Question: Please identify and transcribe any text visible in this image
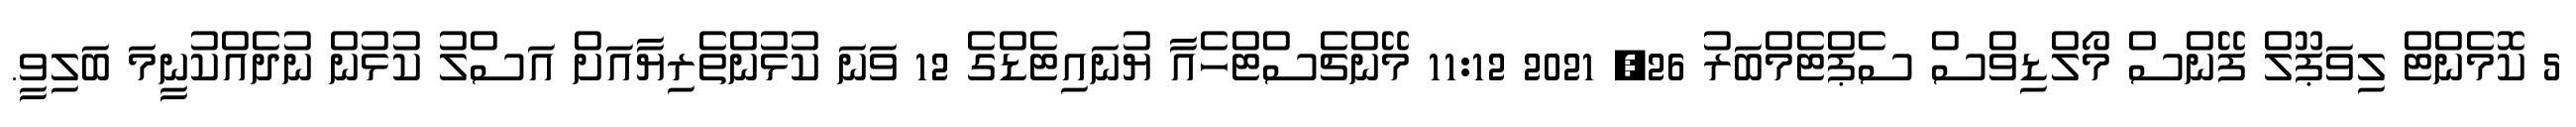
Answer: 5 ކޮމެންޓް ލިވަޕޫލް ފޭންސް މޯލްޑިވްސް ސެޕްޓެމްބަރު 26, 2021 11:12 މޭންޗެސްޓްހެއާ ޔުނައިޓެޑްގެ 12 ވަނަ ކުޅުންތެރިޔާއަށް އަސްލު ކުޅުން ނުދެއްކުނީމަ ބަލިވީ.